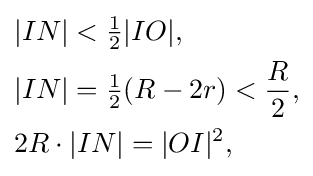
{\begin{aligned}&|IN|<{\tfrac {1}{2}}|IO|,\\&|IN|={\tfrac {1}{2}}(R-2r)<{\frac {R}{2}},\\&2R\cdot |IN|=|OI|^{2},\end{aligned}}